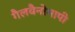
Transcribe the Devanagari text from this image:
गैलवैनोमापी